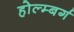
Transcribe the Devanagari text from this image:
होल्म्बर्ग